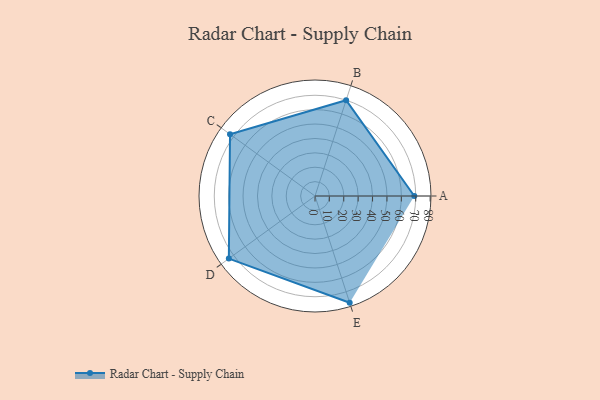
{"axis": {"x": "Skill", "y": "Score"}, "legend": ["Profile"], "data": [{"x": "A", "y": 69.0, "type": "Profile"}, {"x": "B", "y": 70.0, "type": "Profile"}, {"x": "C", "y": 73.0, "type": "Profile"}, {"x": "D", "y": 74.0, "type": "Profile"}, {"x": "E", "y": 78.0, "type": "Profile"}]}